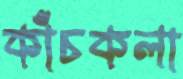
কাঁচকলা